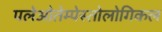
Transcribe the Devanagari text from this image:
पलेओतेम्पेस्तोलोगिकल